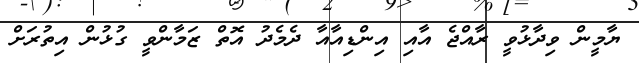
ޔާމީން ވިދާޅުވީ ރާއްޖެ އާއި އިންޑިއާއާ ދެމެދު އޮތް ޒަމާންވީ ގުޅުން އިތުރަށް